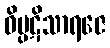
ဝိပ္ပဋိသာရဇေ